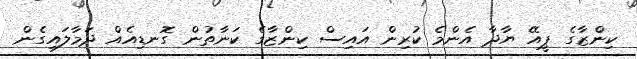
ކިންޒާގެ ޕީއޭ ޔާދާ އެންމެ ކުރިން އައިސް ކިންޒާގެ ކަނާތުން ގޮނޑިއެއް ދަމާލައިގެން